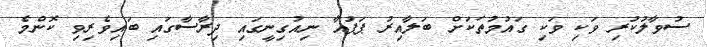
ސުވާލުކުރި ވަކި ވަކި ގައުމުތަކަށް ބަލާއިރު ޕަޕުއާ ނިއުގިނީގައި ދިރާސާގައި ބައިވެރިވި ކޮންމެ